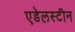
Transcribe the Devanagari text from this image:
एडेलस्टीन